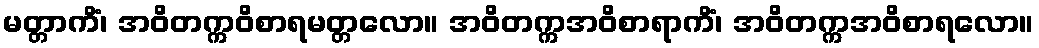
မတ္တာကိံ၊ အဝိတက္ကဝိစာရမတ္တလော။ အဝိတက္ကအဝိစာရာကိံ၊ အဝိတက္ကအဝိစာရလော။